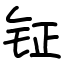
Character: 钲